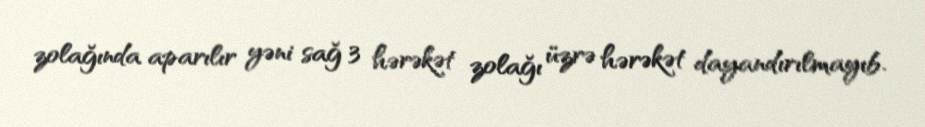
zolağında aparılır yəni sağ 3 hərəkət zolağı üzrə hərəkət dayandırılmayıb.